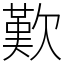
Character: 歎